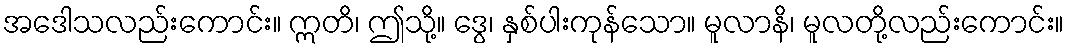
အဒေါသလည်းကောင်း။ ဣတိ၊ ဤသို့။ ဒွေ၊ နှစ်ပါးကုန်သော။ မူလာနိ၊ မူလတို့လည်းကောင်း။